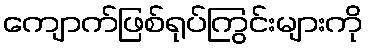
ကျောက်ဖြစ်ရုပ်ကြွင်းများကို